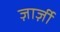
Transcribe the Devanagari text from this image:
ज़ार्ज़ी